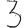
Digit: 3